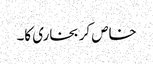
خاص کر بخاری کا۔